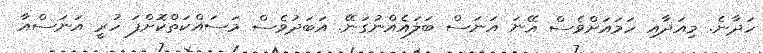
ހަދާނެ. މިއަދާއި ހަމައަށްވެސް އޭނަ އަނަސް ބަލައެއްނުގަނޭ. އަބަދުވެސް މަސައްކަތްކޮށްފަ ހުރީ އަނަސްއާ